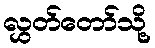
လွှတ်တော်သို့